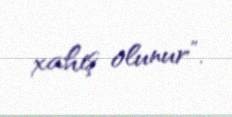
xahiş olunur”.